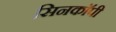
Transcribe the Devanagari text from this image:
सिनकाॅपी